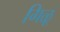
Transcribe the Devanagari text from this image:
गिळू